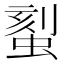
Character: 𫋉